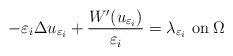
LaTeX: \begin{align*}-\varepsilon_i \Delta u_{\varepsilon_i} + \dfrac{W^{\prime}(u_{\varepsilon_i})}{\varepsilon_i} = \lambda_{\varepsilon_i} \mbox{ on} \; \Omega\end{align*}